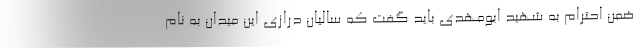
ضمن احترام به شهید ابومهدی باید گفت که سالیان درازی این میدان به نام